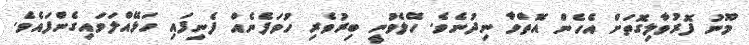
މޫނު ފޮރުވާލިގޮތަށް އެހެން އޮތްވާ ނިދުނެވެ. ހޭލެވުނީ ބިރުވެރި ހުވަފެނެއް ފެނިފައި ހަޅޭއްލަވައިގެންފައެވެ.